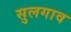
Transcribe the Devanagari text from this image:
सुलगाव